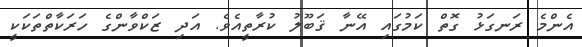
އެންމެ ރަނގަޅު ގޮތް ކަމުގައި އޭނާ ޤަބޫލު ކުރާތީއެވެ. އަދި ޒަކްވާންގެ ހަރަކާތްތަކަކީ